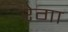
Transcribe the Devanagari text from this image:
रेगा